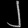
Digit: ၂